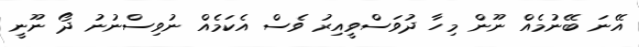
އޭނަ ބޭނުމެއް ނޫން މިހާ ދުވަސްވީއިރު ވެސް އެކަމެއް ނުވިސްނުނު ދޯ ނޫނީ